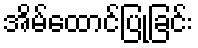
အိမ်ထောင်ပြုခြင်း